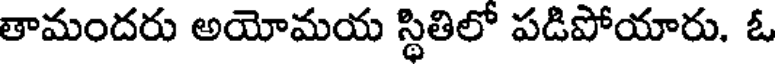
తామందరు అయోమయ స్థితిలో పడిపోయారు. ఓ